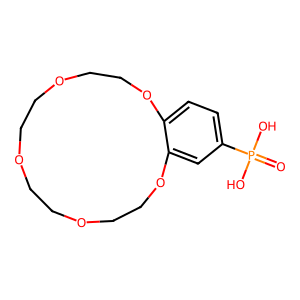
SMILES: O=P(O)(O)c1ccc2c(c1)OCCOCCOCCOCCO2
Inhibits HIV replication: No